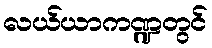
လယ်ယာကဏ္ဍတွင်